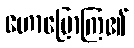
ဟောပြောကြ၏